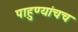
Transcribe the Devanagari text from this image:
पाहुण्यांचच